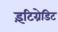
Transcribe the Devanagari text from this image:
इंटिग्रेडिट